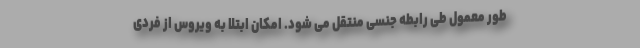
طور معمول طی رابطه جنسی منتقل می شود. امکان ابتلا به ویروس از فردی